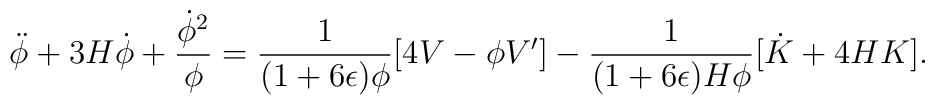
\ddot{\phi} +3 H\dot{\phi} + {\dot{\phi}^2 \over \phi} ={1 \over (1+6 \epsilon) \phi} [4V-\phi V'] -  {1 \over (1+6 \epsilon) H\phi} [\dot{K} +4HK]  .